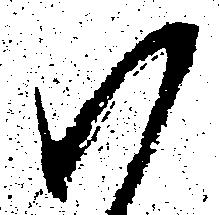
ハ